65_HS1-834228961_62-HQ-83894_Section_1
Agency: FBI
Page 169
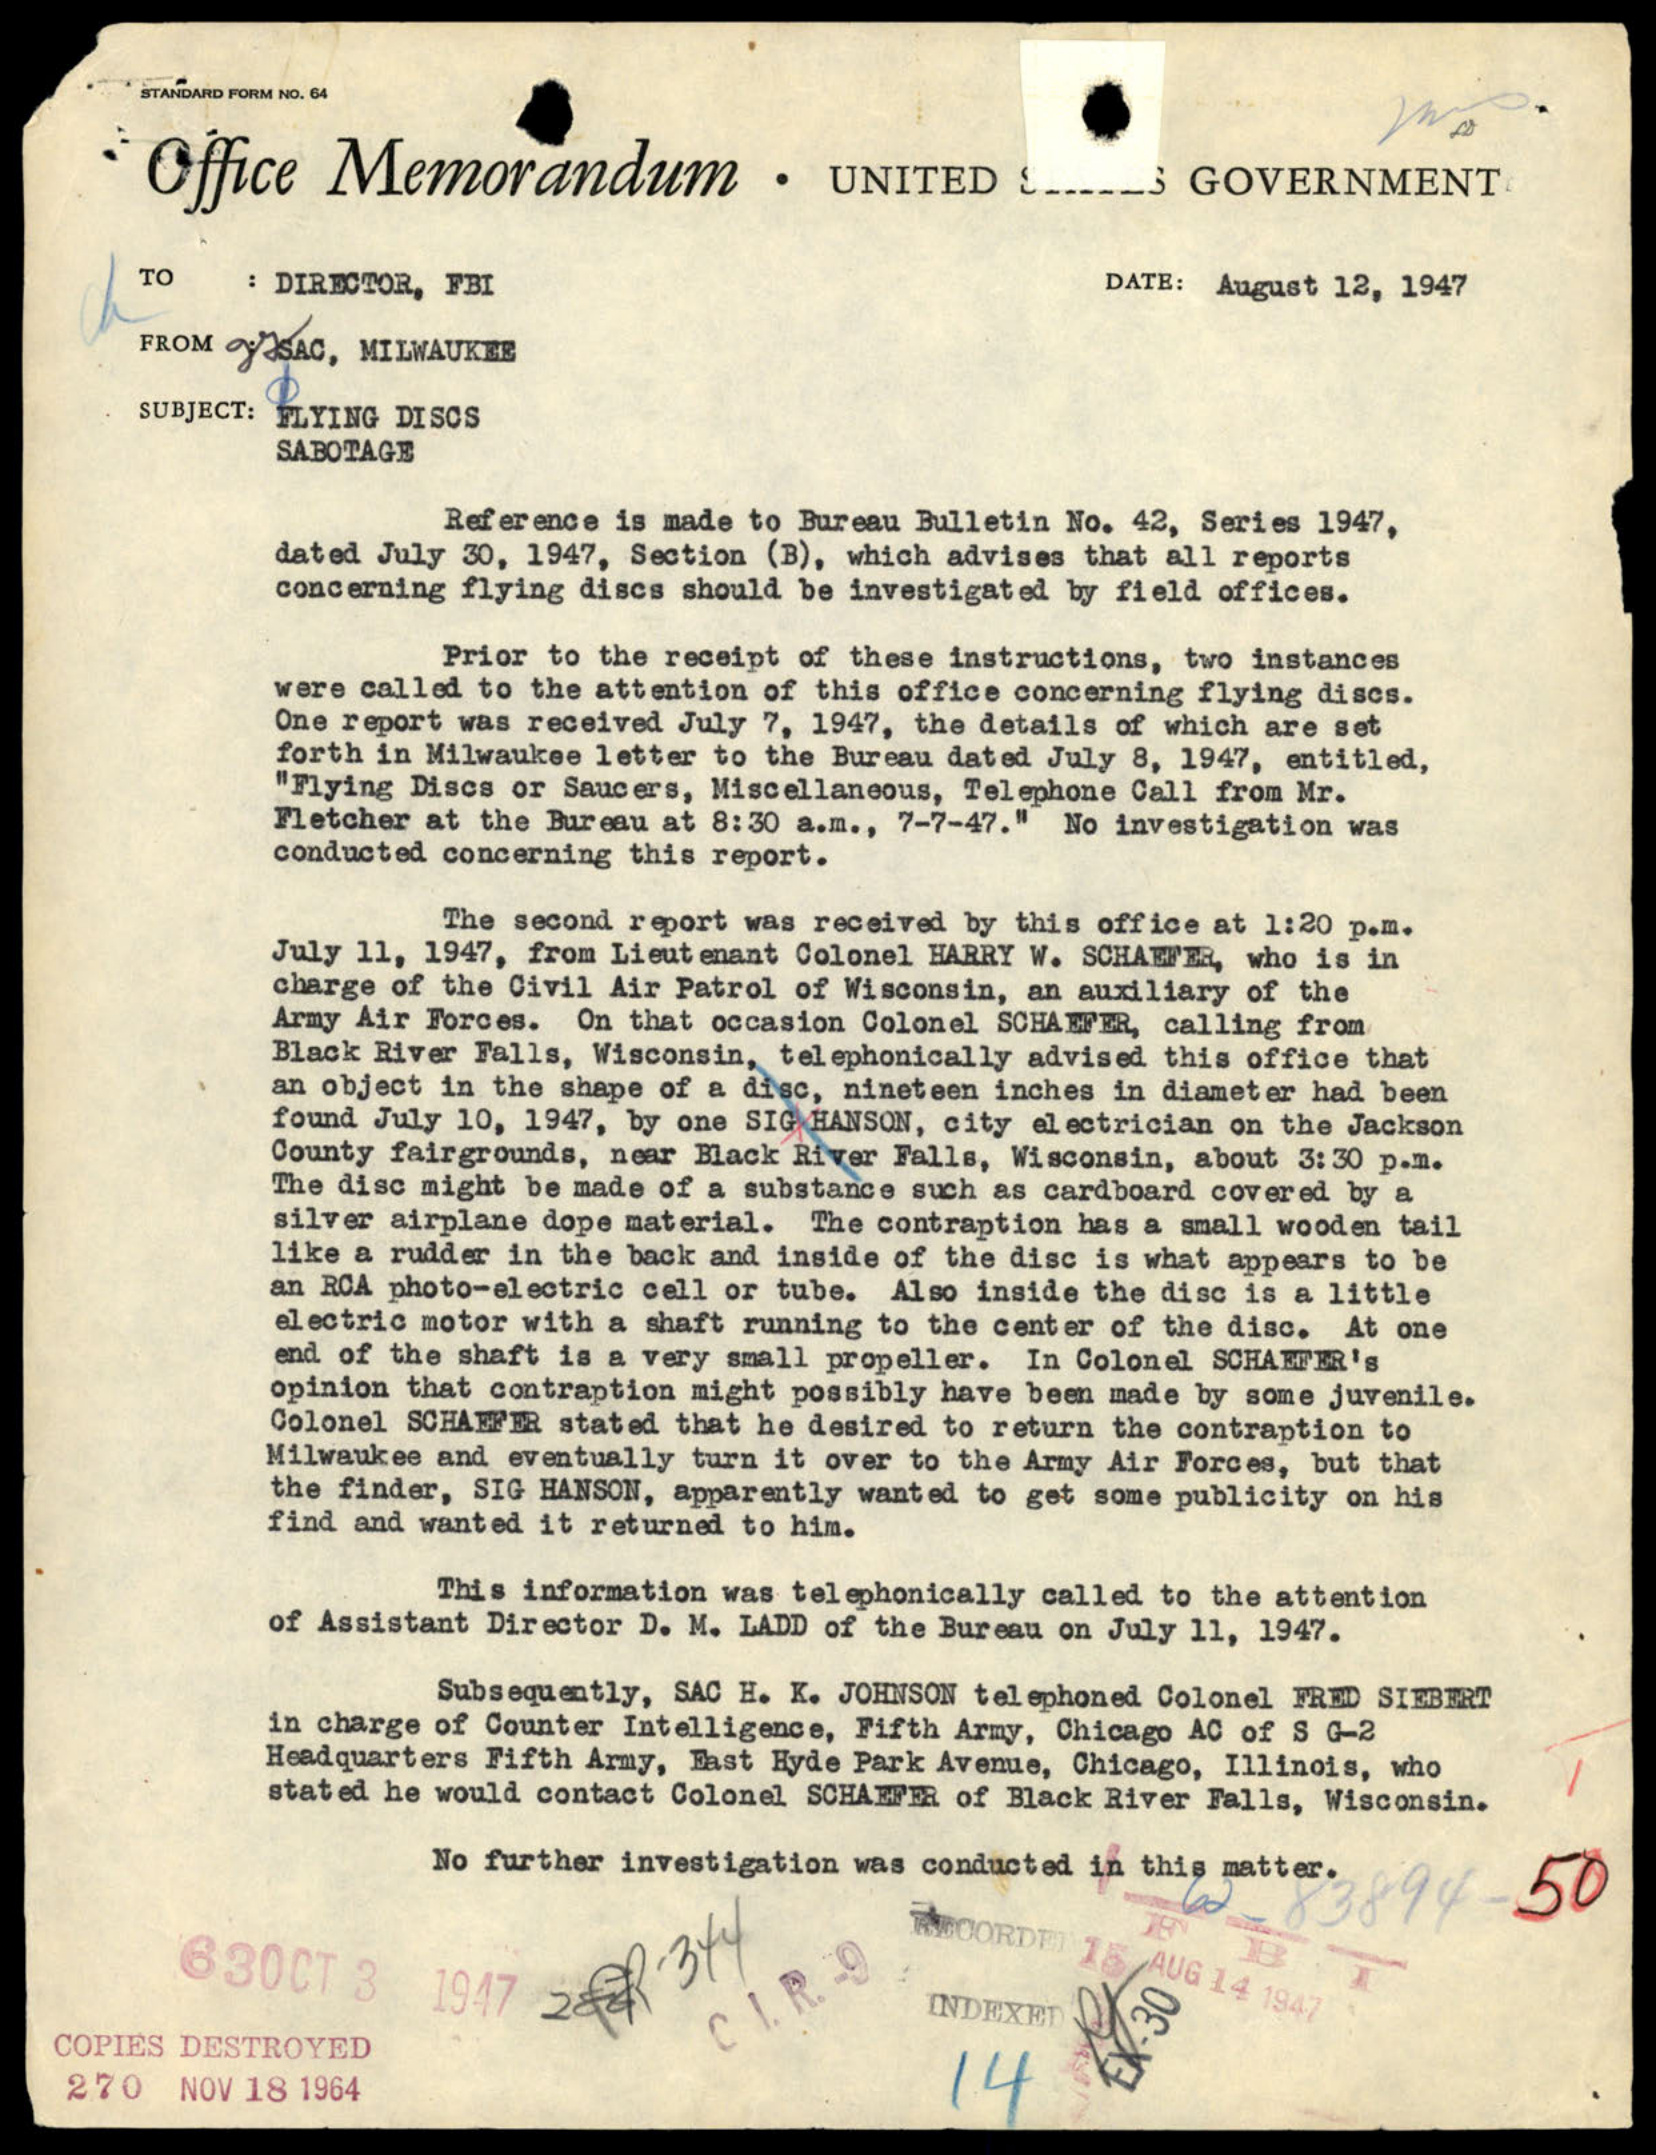